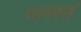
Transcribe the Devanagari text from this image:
रतनबाई